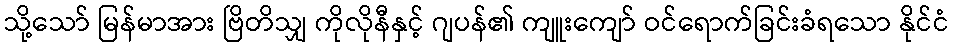
သို့သော် မြန်မာအား ဗြိတိသျှ ကိုလိုနီနှင့် ဂျပန်၏ ကျူးကျော် ဝင်ရောက်ခြင်းခံရသော နိုင်ငံ